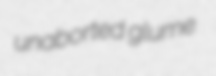
unaborted glume